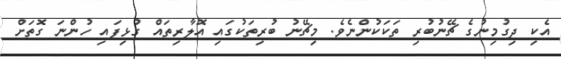
އެކި ދިގުމިނުގެ ޗޭނުބުރި ތަކަކުންނެވެ. މިޗޭނު ބުރިތަކުގައި އޮލާރިތައް ގުޅިފައި ހުންނަ ގޮތަށް